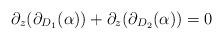
LaTeX: \begin{align*}\partial_z(\partial_{D_1}(\alpha))+\partial_z(\partial_{D_2}(\alpha))=0\end{align*}